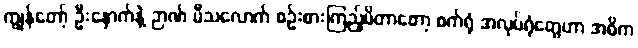
ကျွန်တော့် ဦးနှောက်နဲ့ ဉာဏ် မီသလောက် စဉ်းစားကြည့်မိတာတော့ စက်ရုံ အလုပ်ရုံတွေဟာ အဓိက